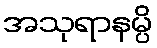
အသုရာနမ္ပိ